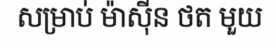
សម្រាប់ ម៉ាស៊ីន ថត មួយ